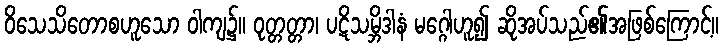
ဝိသေသိတောစဟူသော ဝါကျ၌။ ဝုတ္တတ္တာ၊ ပဋိသမ္ဘိဒါနံ မဂ္ဂေါဟူ၍ ဆိုအပ်သည်၏အဖြစ်ကြောင့်။